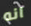
انه